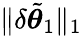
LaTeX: \lVert\delta\tilde{{\boldsymbol{\theta}}}_{1}\rVert_{1}